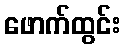
ဖောက်ထွင်း